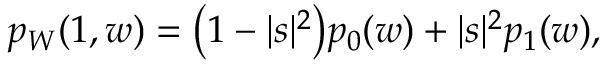
\begin{array} { r } { p _ { W } ( 1 , w ) = \bigl ( 1 - | s | ^ { 2 } \bigr ) p _ { 0 } ( w ) + | s | ^ { 2 } p _ { 1 } ( w ) , } \end{array}